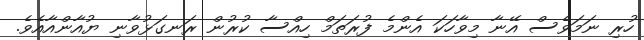
ހުރި ނަމަވެސް އޭނާ މިވާހަކަ އެންމެ ފުރަތަމް ހިއްސާ ކުރުން ރަނގަޅުވާނި ޔުއާންއާއެވެ.